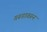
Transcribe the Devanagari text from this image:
गरूडावरून